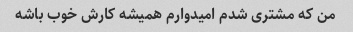
من که مشتری شدم امیدوارم همیشه کارش خوب باشه